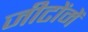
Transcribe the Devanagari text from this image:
जीटोंमें